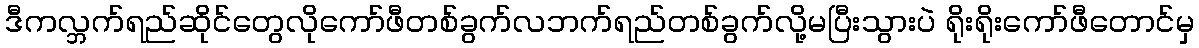
ဒီကလ္ဘက်ရည်ဆိုင်တွေလိုကော်ဖီတစ်ခွက်လဘက်ရည်တစ်ခွက်လို့မပြီးသွားပဲ ရိုးရိုးကော်ဖီတောင်မှ